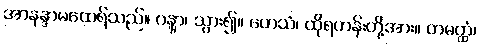
အာနန္ဒာမထေရ်သည်။ ဂန္တွာ၊ သွား၍။ တေသံ၊ ထိုရဟန်းတို့အား။ တမတ္ထံ၊